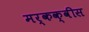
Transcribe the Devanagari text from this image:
मर्कक्वीस